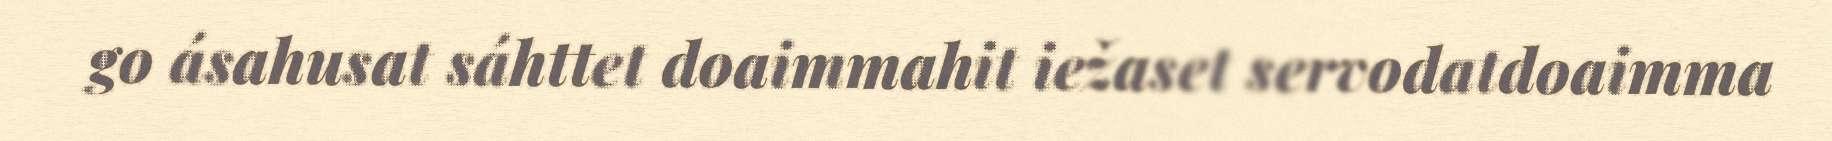
go ásahusat sáhttet doaimmahit iežaset servodatdoaimma